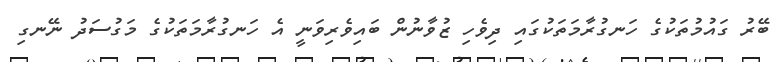
ބޭރު ގައުމުތަކުގެ ހަނގުރާމަތަކުގައި ދިވެހި ޒުވާނުން ބައިވެރިވަނީ އެ ހަނގުރާމަތަކުގެ މަގުސަދު ނޭނގި